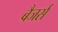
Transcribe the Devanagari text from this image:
बैजर्स